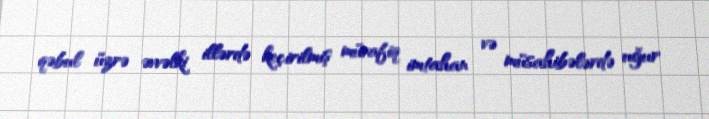
qəbul üzrə əvvəlki illərdə keçirilmiş müvafiq imtahan və müsahibələrdə uğur